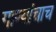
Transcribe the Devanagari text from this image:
गाण्यांचाच